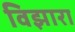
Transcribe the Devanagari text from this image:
विझारा